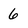
Character: 6